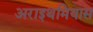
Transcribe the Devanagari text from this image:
अराइथमियास